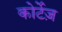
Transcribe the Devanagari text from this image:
कोर्टेज़